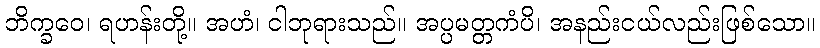
ဘိက္ခဝေ၊ ရဟန်းတို့။ အဟံ၊ ငါဘုရားသည်။ အပ္ပမတ္တကံပိ၊ အနည်းငယ်လည်းဖြစ်သော။